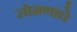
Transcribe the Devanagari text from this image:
सोमणांचे